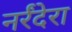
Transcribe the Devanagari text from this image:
नर्रंदेरा